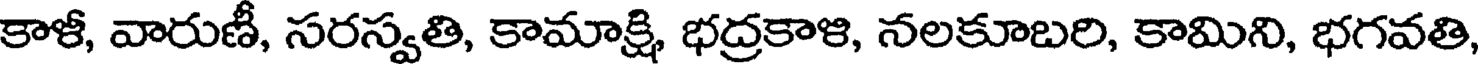
కాళీ, వారుణీ, సరస్వతి, కామాక్షి, భద్రకాళి, నలకూబరి, కామిని, భగవతి